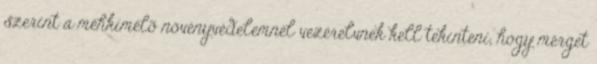
szerint a méhkímélõ növényvédelemnél vezérelvnek kell tekinteni, hogy mérget